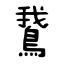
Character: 鵞